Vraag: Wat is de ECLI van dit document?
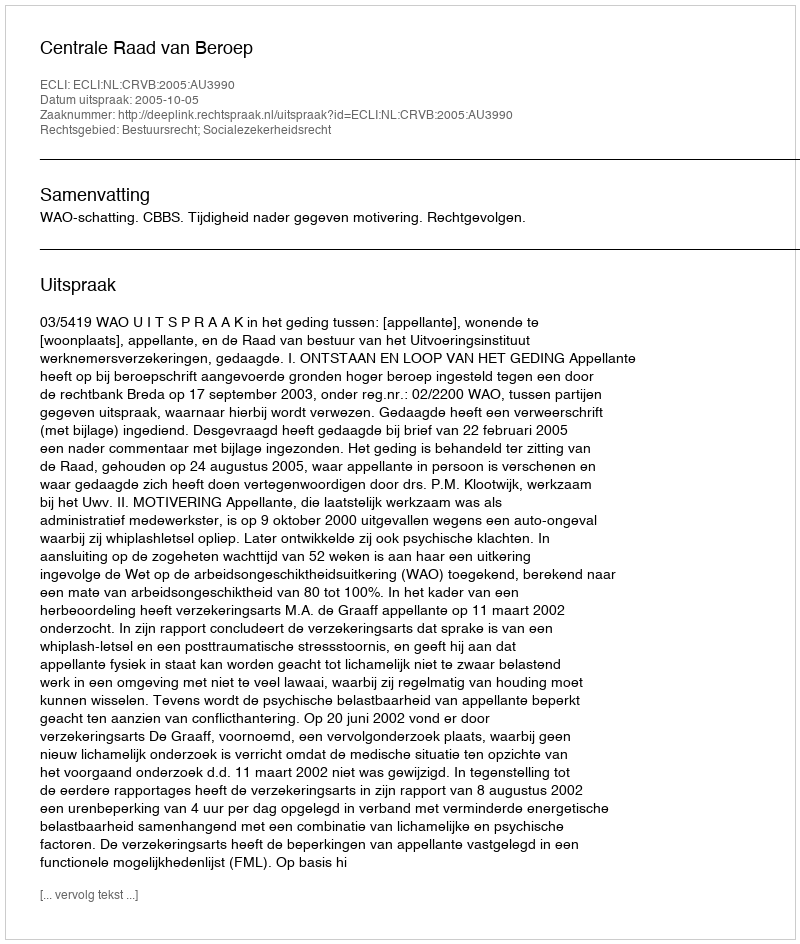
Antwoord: ECLI:NL:CRVB:2005:AU3990